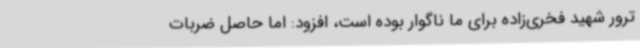
ترور شهید فخری‌زاده برای ما ناگوار بوده است، افزود: اما حاصل ضربات